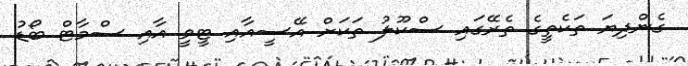
ގެންދިޔަ ތަކެތީގެ ތެރޭގައި ސްކޫލު ތަކަށް އޭސީއާއި ޓީވީ އާއި ސްމާޓް ބޯޑު